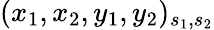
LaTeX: (x_{1},x_{2},y_{1},y_{2})_{s_{1},s_{2}}